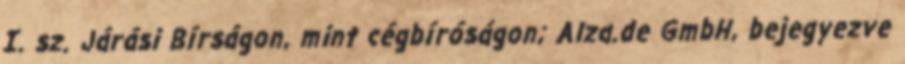
I. sz. Járási Bírságon, mint cégbíróságon; Alza.de GmbH, bejegyezve